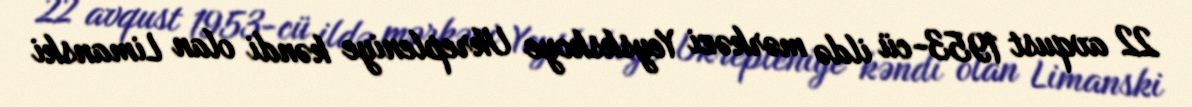
22 avqust 1953-cü ildə mərkəzi Yeyskskoye Ukrepleniye kəndi olan Limanski